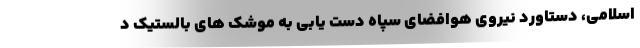
اسلامی، دستاورد نیروی هوافضای سپاه دست یابی به موشک های بالستیک د